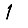
Digit: 1